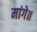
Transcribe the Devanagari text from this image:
मांगे॥